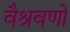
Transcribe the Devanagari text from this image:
वैश्रवणो